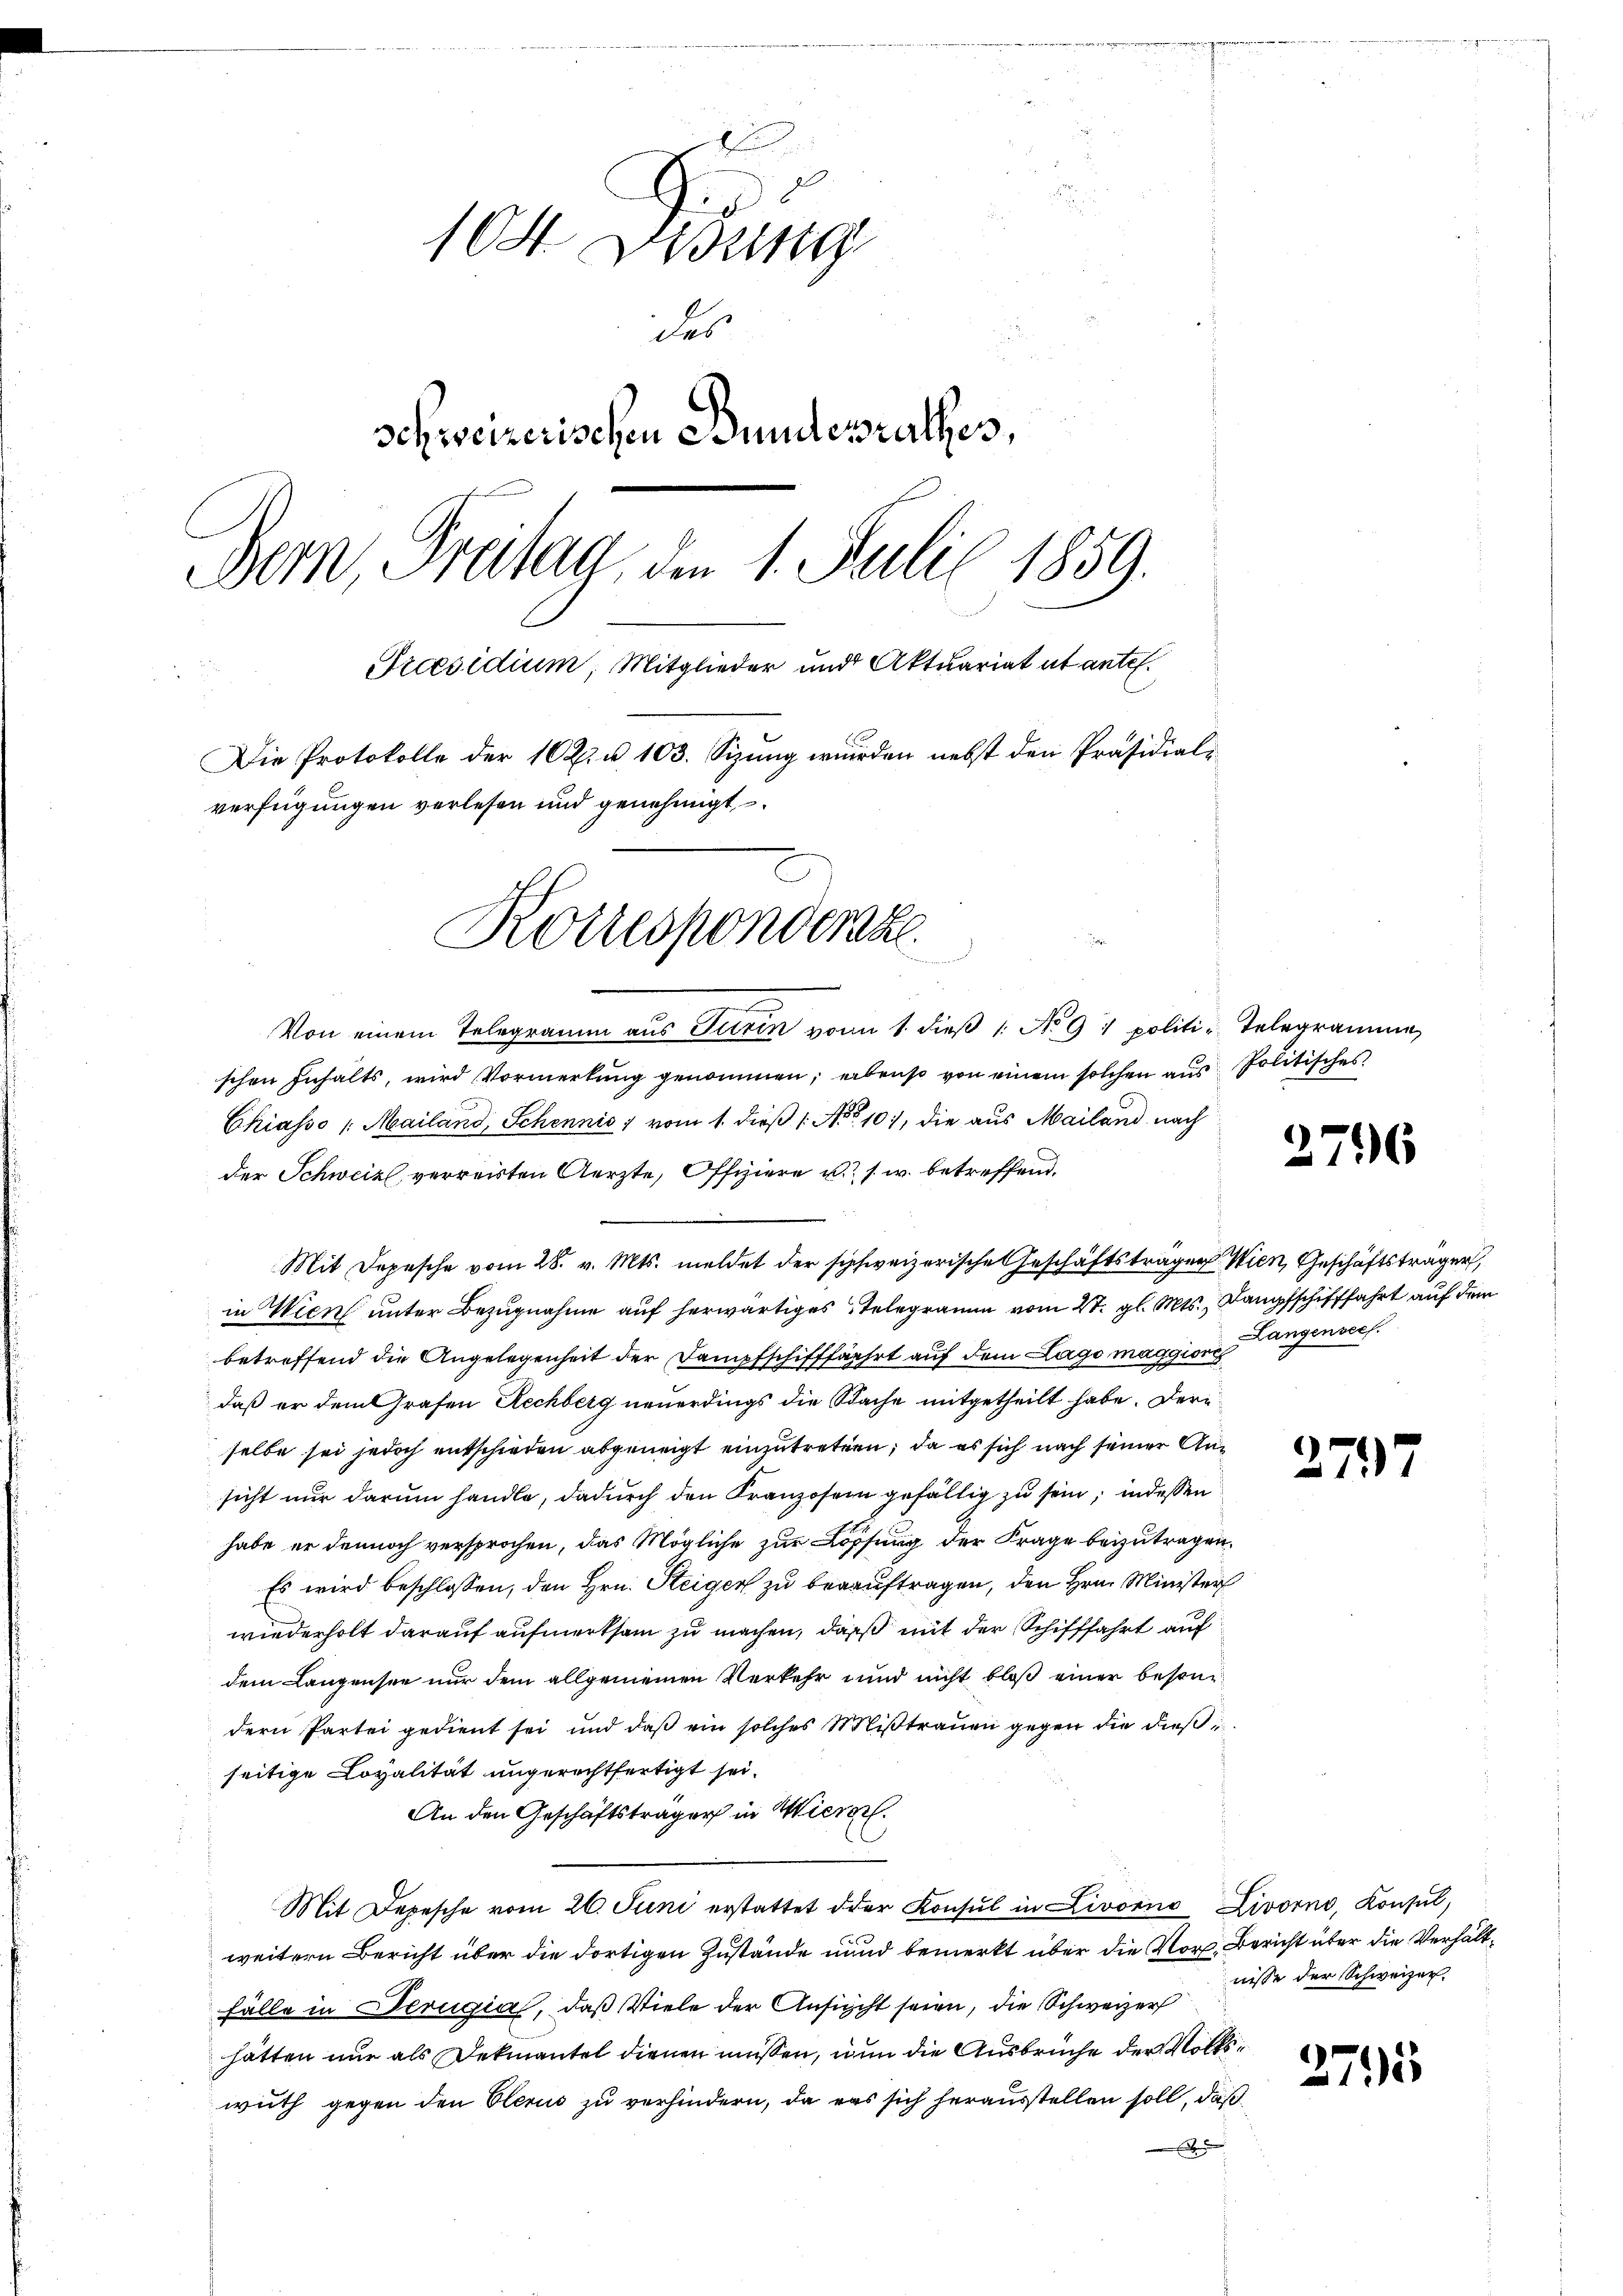
104 W
des
schweizerischen Bundesrathes,
Bern Freitag, den 1. Juli 1859.
Praesidium, Mitglieder und Aktuariat ut antel.
Die Protokolle der 10 R. u. 103. Sizung wurden nebst den Präsidial-
verfügungen verlesen und genehmigt
Korresponderste
ein werde

Von einem Telegramm aus Turin vom 1. dieß 1 No 91 politi-Telegrammen
schen Inhalts, wird Vormerkung genommen, erbrust von einem solchen aus Politisches
Chiasso /: Mailand, Schennis vom 1. dieß 1 No 101, die aus Mailand nach
der Schweiz, verreisten Aerzte, Offiziere u. s. w. betreffend.
Mit Depesche vom 28. v. Mts. meldet der schweizerische Geschäftsträgen Wien, Geschäftsträger
in Wien unter Bezugnahme auf herwärtiges Telegramm vom 27. gl. Mts. Dampfschifffahrt auf dem
betreffend die Angelegenheit der Dampfschifffahrt auf dem Lago maggior
daß er dem Grafen Rechberg neuerdings die Sache mitgetheilt habe. Derselbe sei jedoch entschieden abgeneigt einzutreten, da es sich nach seiner Gasicht nur darum handle, dadurch den Kranzosen gefällig zu sein; indessen
habe er dennoch versprochen, das Mögliche zur Lösung der Frage beizutragen.
Es wird beschlossen, den Hrn. Steiger zu beauftragen, den Hrn. Minister
wiederholt darauf aufmerksam zu machen, daß mit der Schifffahrt auf
dem Langensee nur dem allgemeinen Verkehr und nicht bloß einer besondern Partei gedient sei und daβ ein solches Mißtrauen gegen die dießseitige Loyalität ungerechtfertigt sei.
An den Geschäftsträger in Wieror
Mit Depesche vom 26. Juni erstattet oder Konsul in Livorno Livorno, Konsul,
weitern Bericht über die dortigen Zustände und bemerkt über die Vor Bericht über die Verhält¬
Fälle in Berugia, das Viele der Ansicht seien, die Schweizer
hätten nur als Dekmantel dienen müssen, nun die Ausbrüche der Volkswuth gegen den Olerus zu verhindern, da ers sich herausstellen soll, daß
E

2796

Langensees.

2.

nisse der Schweizer.

2

2

1